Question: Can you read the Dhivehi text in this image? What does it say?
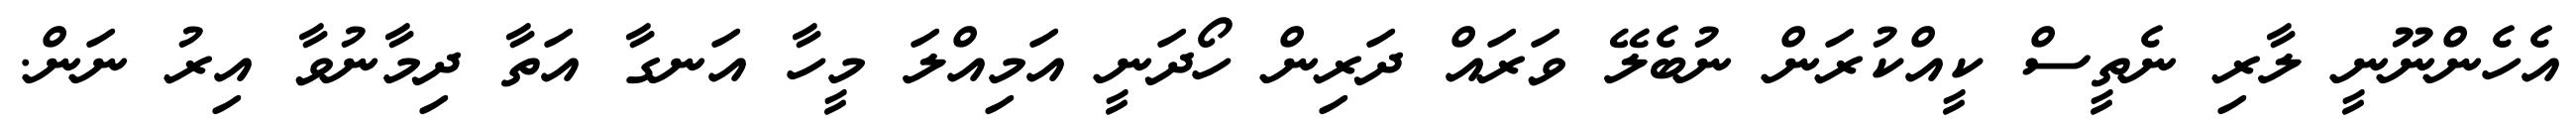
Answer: އެހެންނޫނީ ލާރި ނެތީސް ކީއްކުރަން ނުބެލޭ ވަރައް ދަރިން ހޯދަނީ އަމިއްލަ މީހާ އަނގާ އަތާ ދިމާނުވާ އިރު ނަން.